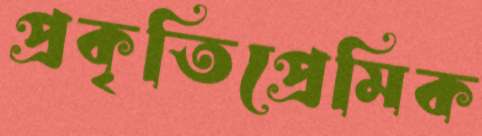
প্রকৃতিপ্রেমিক